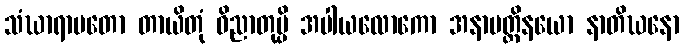
သံဃာရာမတော တာယိတုံ ဝိညာတုမ္ပိ အပါယလောကော အနာပတ္တိနယော နာတိဃနော